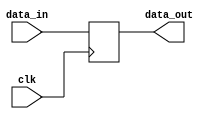
`timescale 1ns / 1ps
module RegistrosTiempo(
	input wire clk,
	input wire[23:0] data_in,
	output reg[23:0] data_out);
	always @(posedge clk)
		data_out <= data_in;
endmodule